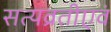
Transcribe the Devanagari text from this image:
सत्यव्रतीएवं